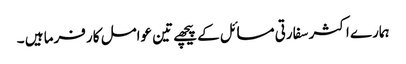
ہمارے اکثر سفارتی مسائل کے پیچھے تین عوامل کار فرما ہیں ۔